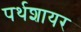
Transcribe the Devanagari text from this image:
पर्थशायर